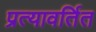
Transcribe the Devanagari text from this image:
प्रत्यावर्तित